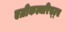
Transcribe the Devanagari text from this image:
एग्रीकल्चरिस्ट्स